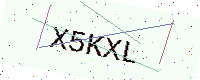
Text: X5KXL